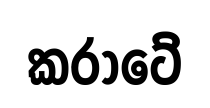
කරාටේ